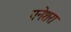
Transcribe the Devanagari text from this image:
गनेशरा